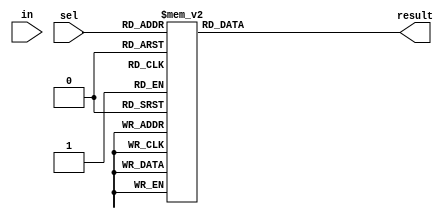
module demux1x8_switch(input in, input [2:0]sel, output reg [7:0]result);

always @ *
	begin
		case(sel)
			3'b000: result <= 'h1;
			3'b001: result <= 'h2;
			3'b010: result <= 'h4;
			3'b011: result <= 'h8;
			3'b100: result <= 'h10;
			3'b101: result <= 'h20;
			3'b110: result <= 'h40;
			3'b111: result <= 'h80;
		endcase
	end

endmodule